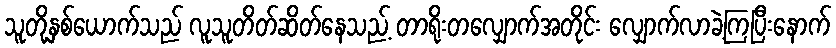
သူတို့နှစ်ယောက်သည် လူသူတိတ်ဆိတ်နေသည့် တာရိုးတလျှောက်အတိုင်း လျှောက်လာခဲ့ကြပြီးနောက်